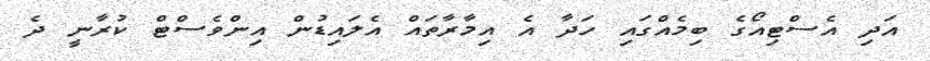
އަދި އެސްޓިއޯގެ ބިމެއްގައި ހަދާ އެ އިމާރާތައް އެލައިޑުން އިންވެސްޓް ކުރާނީ ދެ